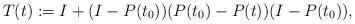
LaTeX: \begin{align*}T(t):=I+(I-P(t_0))(P(t_0)-P(t))(I-P(t_0)),\end{align*}